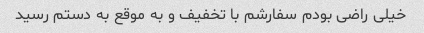
خیلی راضی بودم سفارشم با تخفیف و به موقع به دستم رسید